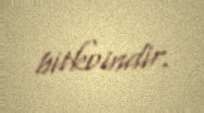
bitkoindir.